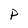
Character: P